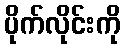
ပိုက်လိုင်းကို